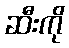
ဆီးကို